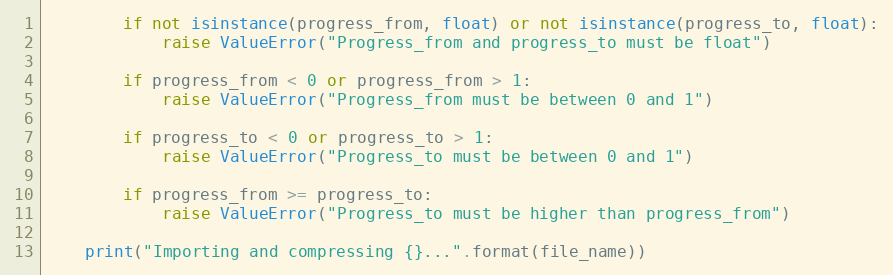
Language: Python
        if not isinstance(progress_from, float) or not isinstance(progress_to, float):
            raise ValueError("Progress_from and progress_to must be float")

        if progress_from < 0 or progress_from > 1:
            raise ValueError("Progress_from must be between 0 and 1")

        if progress_to < 0 or progress_to > 1:
            raise ValueError("Progress_to must be between 0 and 1")

        if progress_from >= progress_to:
            raise ValueError("Progress_to must be higher than progress_from")

    print("Importing and compressing {}...".format(file_name))